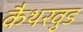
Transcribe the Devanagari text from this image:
कैथरवुड